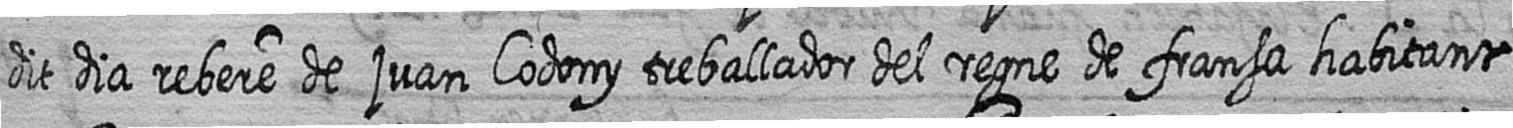
dit dia rebere de juan Codony treballador del regne de fransa habitant